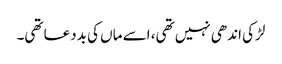
لڑکی اندھی نہیں تھی، اسے ماں‌ کی بددعا تھی۔